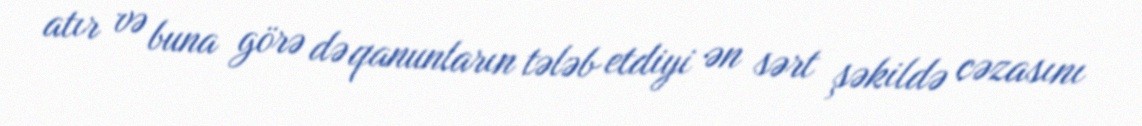
atır və buna görə də qanunların tələb etdiyi ən sərt şəkildə cəzasını